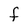
Character: F